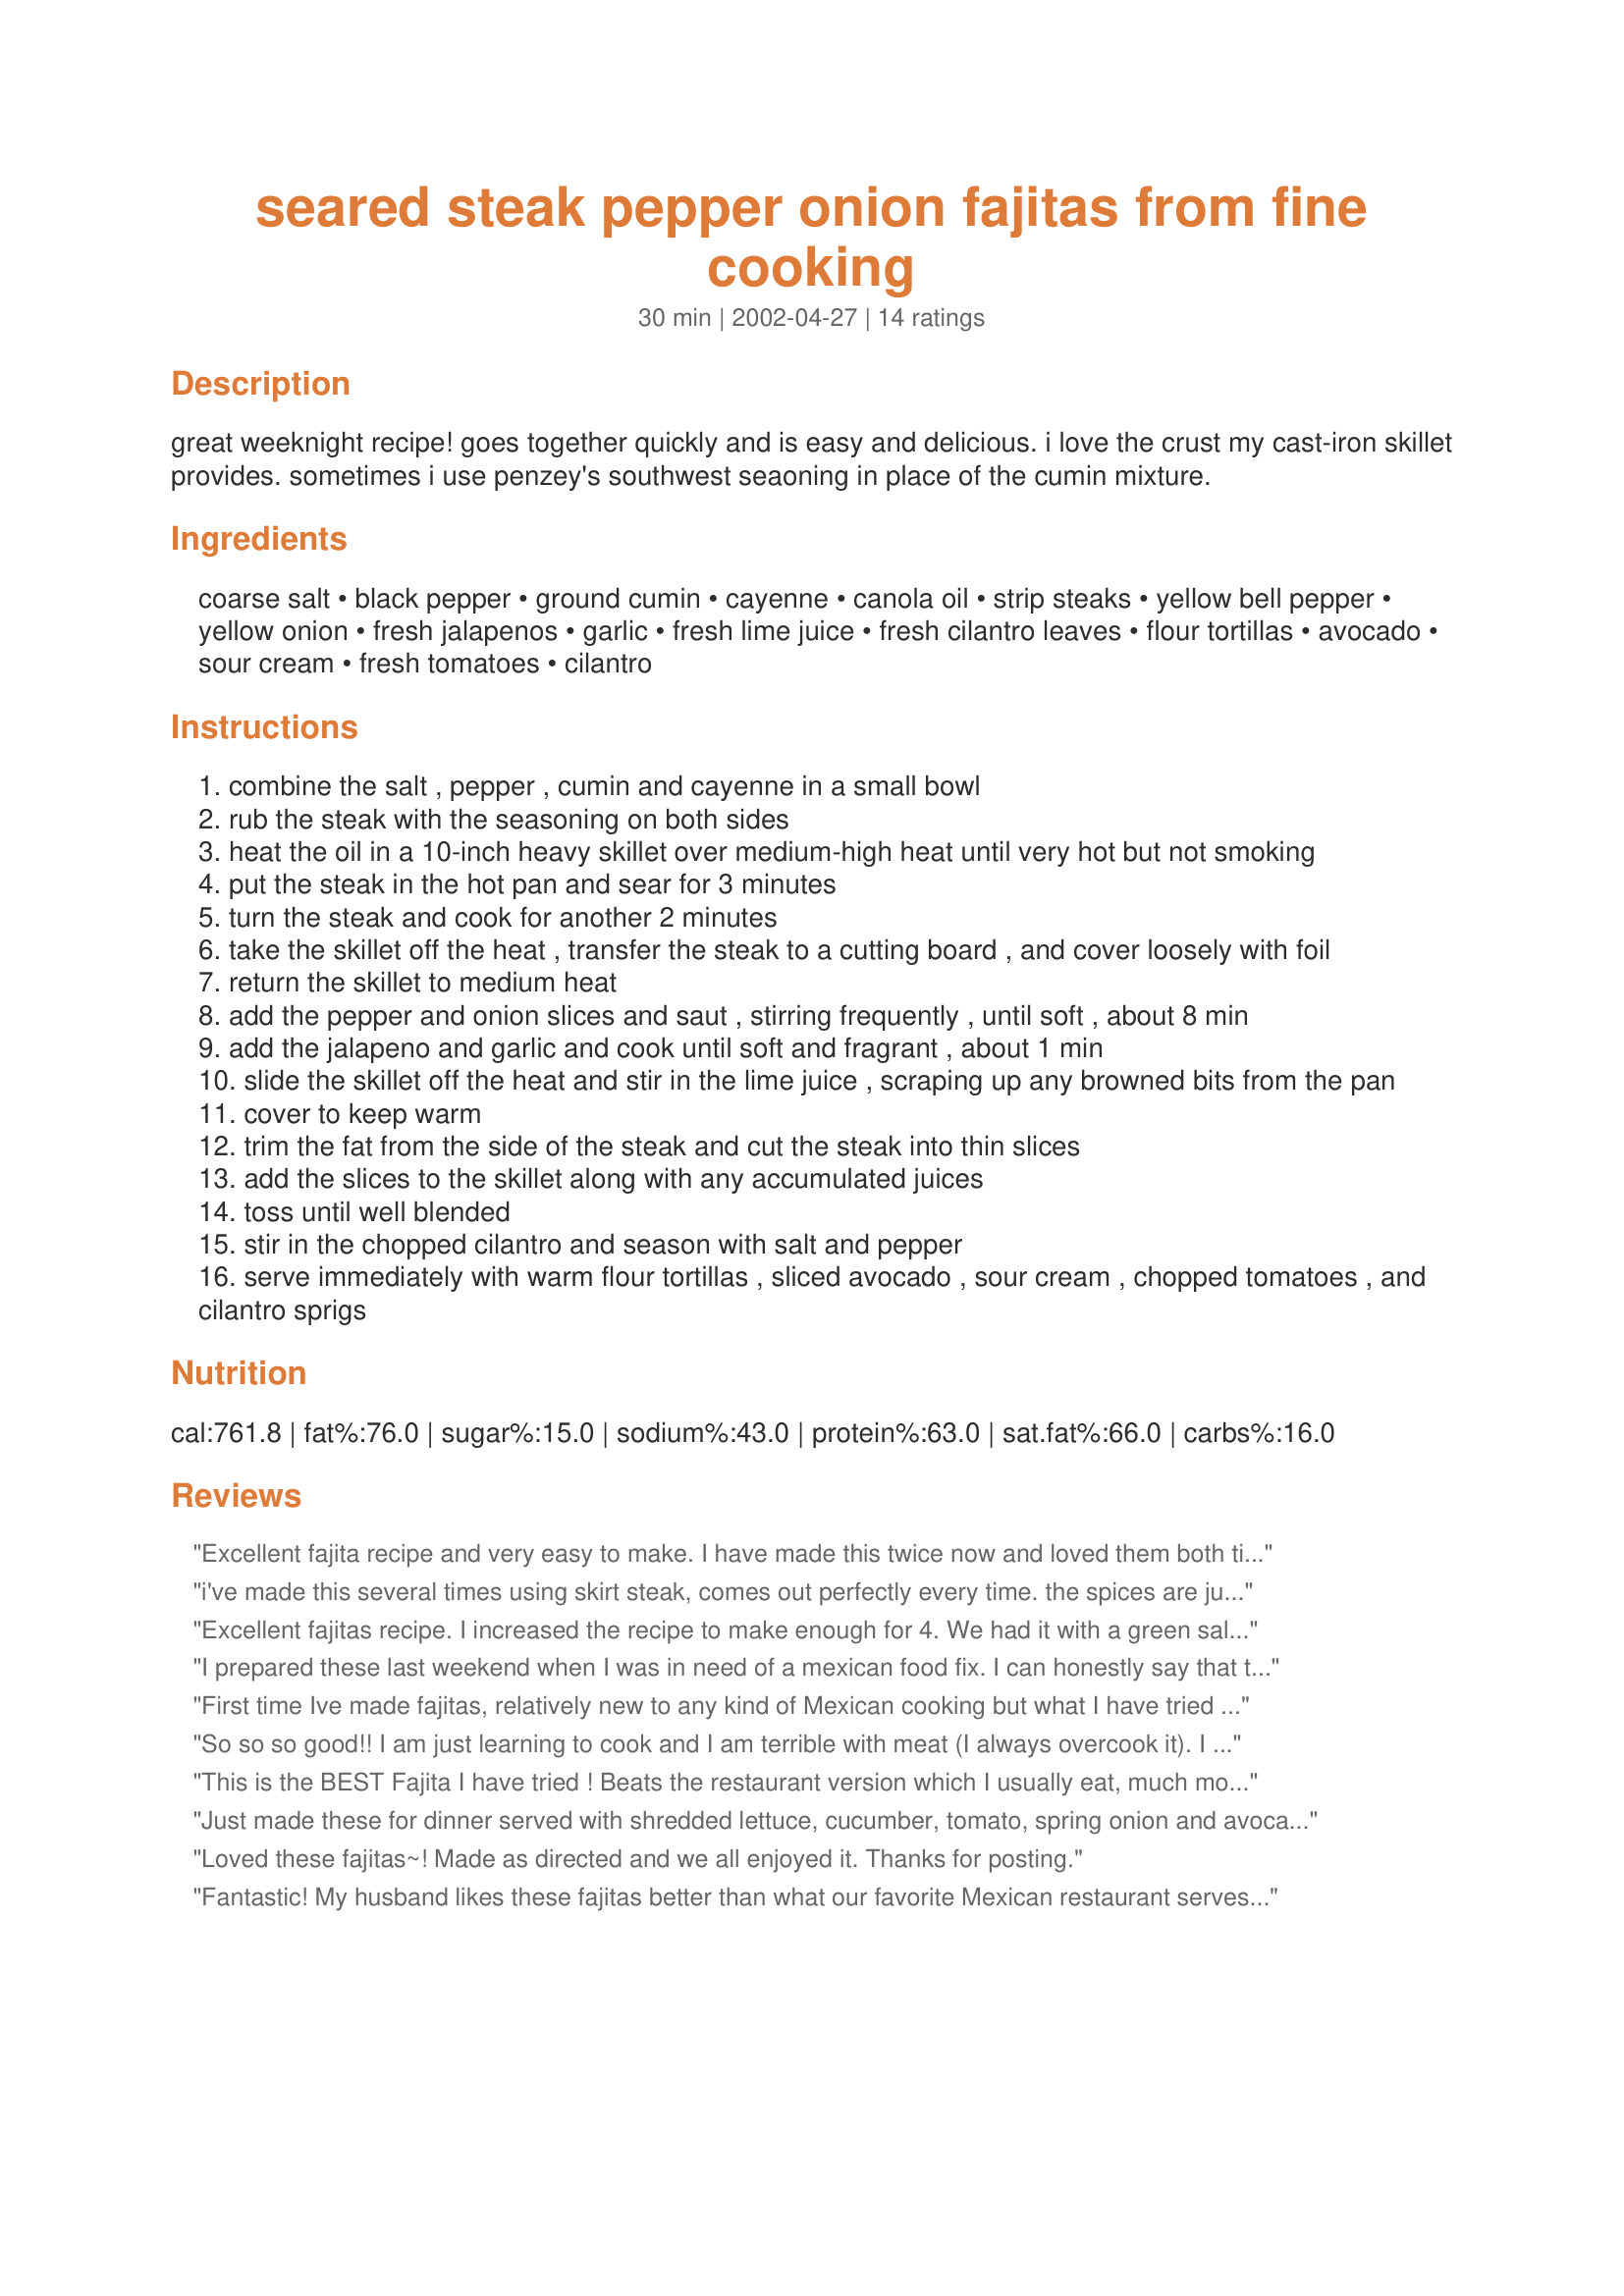
seared steak pepper onion fajitas from fine cooking
Preparation time: 30 minutes

great weeknight recipe! goes together quickly and is easy and delicious. i love the crust my cast-iron skillet provides. sometimes i use penzey's southwest seaoning in place of the cumin mixture.

Ingredients:
coarse salt, black pepper, ground cumin, cayenne, canola oil, strip steaks, yellow bell pepper, yellow onion, fresh jalapenos, garlic, fresh lime juice, fresh cilantro leaves, flour tortillas, avocado, sour cream, fresh tomatoes, cilantro

Steps:
combine the salt , pepper , cumin and cayenne in a small bowl
rub the steak with the seasoning on both sides
heat the oil in a 10-inch heavy skillet over medium-high heat until very hot but not smoking
put the steak in the hot pan and sear for 3 minutes
turn the steak and cook for another 2 minutes
take the skillet off the heat , transfer the steak to a cutting board , and cover loosely with foil
return the skillet to medium heat
add the pepper and onion slices and saut , stirring frequently , until soft , about 8 min
add the jalapeno and garlic and cook until soft and fragrant , about 1 min
slide the skillet off the heat and stir in the lime juice , scraping up any browned bits from the pan
cover to keep warm
trim the fat from the side of the steak and cut the steak into thin slices
add the slices to the skillet along with any accumulated juices
toss until well blended
stir in the chopped cilantro and season with salt and pepper
serve immediately with warm flour tortillas , sliced avocado , sour cream , chopped tomatoes , and cilantro sprigs

Reviews:
Excellent fajita recipe and very easy to make. I have made this twice now and loved them both times. The second time I decided to try the steak on the grill instead of in the pan and it was as good as the first time. I served them with my own green chili rice and as a mexican food lover and cook, I can promise they will make it to my dinner table often. Thanks Tracy
i've made this several times using skirt steak, comes out perfectly every time. the spices are just perfect with the steak, and 3 minutes per side is right for the cut of meat i use. i grill the steaks and add the stir fried peppers to the wraps, excellent.
Excellent fajitas recipe. I increased the recipe to make enough for 4. We had it with a green salad for a simple Saturday night supper. Thanks Tracy for posting this keeper recipe. We will be having it often.
I prepared these last weekend when I was in need of a mexican food fix. I can honestly say that these have to be some of the best beef fajitas I have ever eaten. The recipe was very easy and the beef was flavorful and tender. I have always used skirt steak and have been disappointed but I see now that this is how Fajitas were intended to be made. I love the addition of lime at the end. Thank you for sharing Tracy. We all really enjoyed these!
First time Ive made fajitas, relatively new to any kind of Mexican cooking but what I have tried has given me the need for more!
Very easy recipe to follow and I loved the hint of lime juice in the meat.
I served with Mexican Rice and Vegetables recipe #52360 as a side dish and loved the combination.
Thanks for posting.
So so so good!! I am just learning to cook and I am terrible with meat (I always overcook it). I followed this recipe to a T and it was so good. I was impressed with my own meal, which rarely happens. I will definitely make it again.
This is the BEST Fajita I have tried ! Beats the restaurant version which I usually eat, much more flavourful. The lime and jalapeno's was a wonderful accent, we doubled recipe for lunch leftovers. Served in Pesto Wraps instead of tortillas & used red peppers with green peppers. Delicious and so quick to put together, impressive for a dinner for company as well with Mexican side dishes !! Kitchen still smells really great !! Thanx !!
Just made these for dinner served with shredded lettuce, cucumber, tomato, spring onion and avocado. Everyone loved them. A definate keeper.
Loved these fajitas~! Made as directed and we all enjoyed it. Thanks for posting.
Fantastic! My husband likes these fajitas better than what our favorite Mexican restaurant serves up. I swapped a green bell pepper for yellow, white onion for yellow, and jarred jalapenos for fresh ones, since these are the ingredients I had on hand--still smashing, nonetheless. Thanks for the recipe--it's definitely a keeper!
These fajitas were amazing. I forgot to make all the side dishes I planned, but we didn't even notice while were were eating. We just stuffed ourselves silly with these fajitas. I added a little more garlic (a little garlic powder to the steak) because we are garlic freaks, but otherwise I didn't change a thing. This is something I'm going to add to my recipes for company. Thanks!
I made these yesterday. EXCELLENT recipe. And well written. I am an inexperienced cook, but this recipe made me look like a pro. Very authentic Mexican taste.
Easy and delicious! I used mini yellow, red and orange peppers. Next time I'll cook the peppers a bit less so they retain a bit of crispness, otherwise won't change a thing. Thanks for posting!
What great Fajitas, EXCELLENT! We all really enjoyed these very much! I did use flank steak instead of New York Strip Steaks, but otherwise followed your recipe exactly. Thanks for posting such a wonderful recipe Tracy K....
